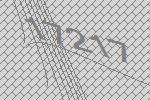
17217